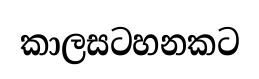
කාලසටහනකට